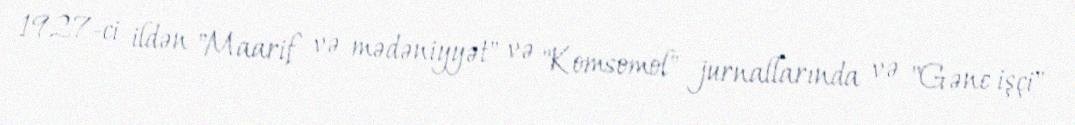
1927-ci ildən "Maarif və mədəniyyət" və "Komsomol" jurnallarında və "Gənc işçi"